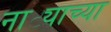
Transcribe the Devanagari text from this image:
नाट्याच्या